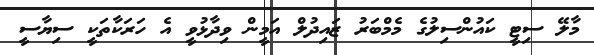
މާލޭ ސިޓީ ކައުންސިލުގެ މެމްބަރު ޒައިދުލް އަމީން ވިދާޅުވީ އެ ހަރަކާތަކީ ސިޔާސީ